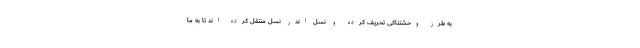
به طرز وحشتناکی تحریف کرده و نسل اندر نسل منتقل کرده اند تا به ما